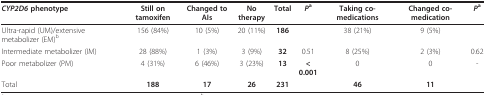
| CYP2D6 phenotype | Still on tamoxifen | Changed to AIs | No therapy | Total | Pa | Taking co-medications | Changed co-medication | Pa |
 | --- | --- | --- | --- | --- | --- | --- | --- | --- |
 | Ultra-rapid (UM)/extensive metabolizer (EM)b | 156 (84%) | 10 (5%) | 20 (11%) | 186 |  | 38 (21%) | 9 (5%) |  |
 | Intermediate metabolizer (IM) | 28 (88%) | 1 (3%) | 3 (9%) | 32 | 0.51 | 8 (25%) | 2 (3%) | 0.62 |
 | Poor metabolizer (PM) | 4 (31%) | 6 (46%) | 3 (23%) | 13 | < 0.001 | 0 | 0 | - |
 | Total | 188 | 17 | 26 | 231 |  | 46 | 11 |  |